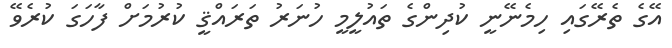
އޭގެ ތެރޭގައި ހިމެނޭނީ ކުދިންގެ ތައުލީމީ ހުނަރު ތަރައްޤީ ކުރުމަށް ފާހަގަ ކުރެވޭ